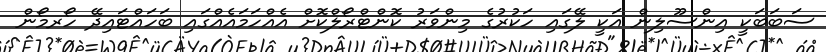
ސަބަބަކީ އިންސޫލިން އަކީ ލޭގައި ހަކުރުގެ މިންވަރު ކޮންޓްރޯލްކޮށް އެއްހަމައެއްގައި ބަހައްޓައިދޭ ހޯރމޯން